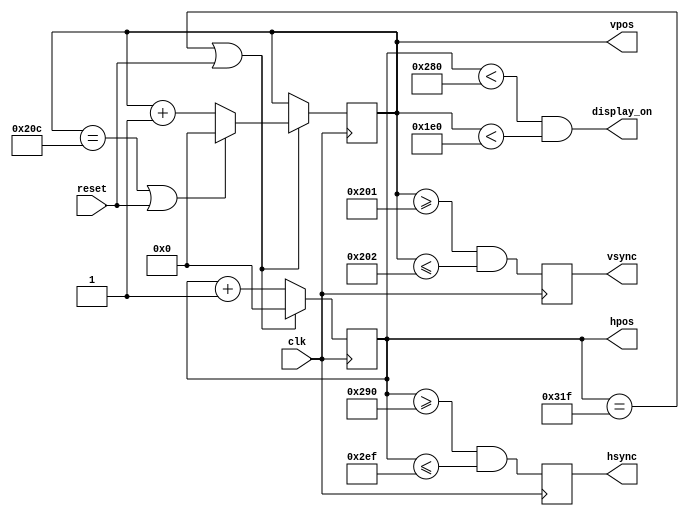
`timescale 1ns / 1ps
//////////////////////////////////////////////////////////////////////////////////
// Company: 
// Engineer: 
// 
// Design Name: 
// Module Name: hvsync_generator
// Project Name: 
// Target Devices: 
// Tool Versions: 
// Description: 
// 
// Dependencies: 
// 
// Revision:
// Revision 0.01 - File Created
// Additional Comments:
// 
//////////////////////////////////////////////////////////////////////////////////


`ifndef HVSYNC_GENERATOR_H
`define HVSYNC_GENERATOR_H

/*
Video sync generator, used to drive a simulated CRT.
To use:
- Wire the hsync and vsync signals to top level outputs
- Add a 3-bit (or more) "rgb" output to the top level
*/

module hvsync_generator(clk, reset, hsync, vsync, display_on, hpos, vpos);

  input clk;
  input reset;
  output reg hsync, vsync;
  output display_on;
  output reg [9:0] hpos;
  output reg [9:0] vpos;

  // declarations for TV-simulator sync parameters
  // horizontal constants
  parameter H_DISPLAY       = 640; // horizontal display width
  parameter H_BACK          =  48; // horizontal left border (back porch)
  parameter H_FRONT         =  16; // horizontal right border (front porch)
  parameter H_SYNC          =  96; // horizontal sync width
  // vertical constants
  parameter V_DISPLAY       = 480; // vertical display height
  parameter V_TOP           =  10; // vertical top border
  parameter V_BOTTOM        =  33; // vertical bottom border
  parameter V_SYNC          =   2; // vertical sync # lines
  // derived constants
  parameter H_SYNC_START    = H_DISPLAY + H_FRONT;
  parameter H_SYNC_END      = H_DISPLAY + H_FRONT + H_SYNC - 1;
  parameter H_MAX           = H_DISPLAY + H_BACK + H_FRONT + H_SYNC - 1;
  parameter V_SYNC_START    = V_DISPLAY + V_BOTTOM;
  parameter V_SYNC_END      = V_DISPLAY + V_BOTTOM + V_SYNC - 1;
  parameter V_MAX           = V_DISPLAY + V_TOP + V_BOTTOM + V_SYNC - 1;

  wire hmaxxed = (hpos == H_MAX) || reset;	// set when hpos is maximum
  wire vmaxxed = (vpos == V_MAX) || reset;	// set when vpos is maximum
  
  // horizontal position counter
  always @(posedge clk)
  begin
    hsync <= (hpos>=H_SYNC_START && hpos<=H_SYNC_END);
    if(hmaxxed)
      hpos <= 0;
    else
      hpos <= hpos + 1;
  end

  // vertical position counter
  always @(posedge clk)
  begin
    vsync <= (vpos>=V_SYNC_START && vpos<=V_SYNC_END);
    if(hmaxxed)
      if (vmaxxed)
        vpos <= 0;
      else
        vpos <= vpos + 1;
  end
  
  // display_on is set when beam is in "safe" visible frame
  assign display_on = (hpos<H_DISPLAY) && (vpos<V_DISPLAY);

endmodule

`endif